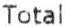
TOTAL